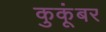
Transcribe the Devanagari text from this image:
कुकूंबर